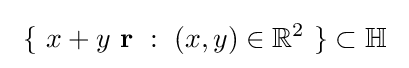
\ \{\ x+y\ \mathbf {r} \ :\ (x,y)\in \mathbb {R} ^{2}\ \}\subset \mathbb {H} \